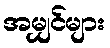
အမျှင်များ